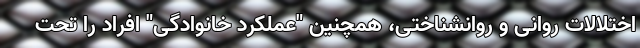
اختلالات روانی و روانشناختی، همچنین "عملکرد خانوادگی" افراد را تحت